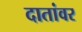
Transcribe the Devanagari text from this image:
दातांवर